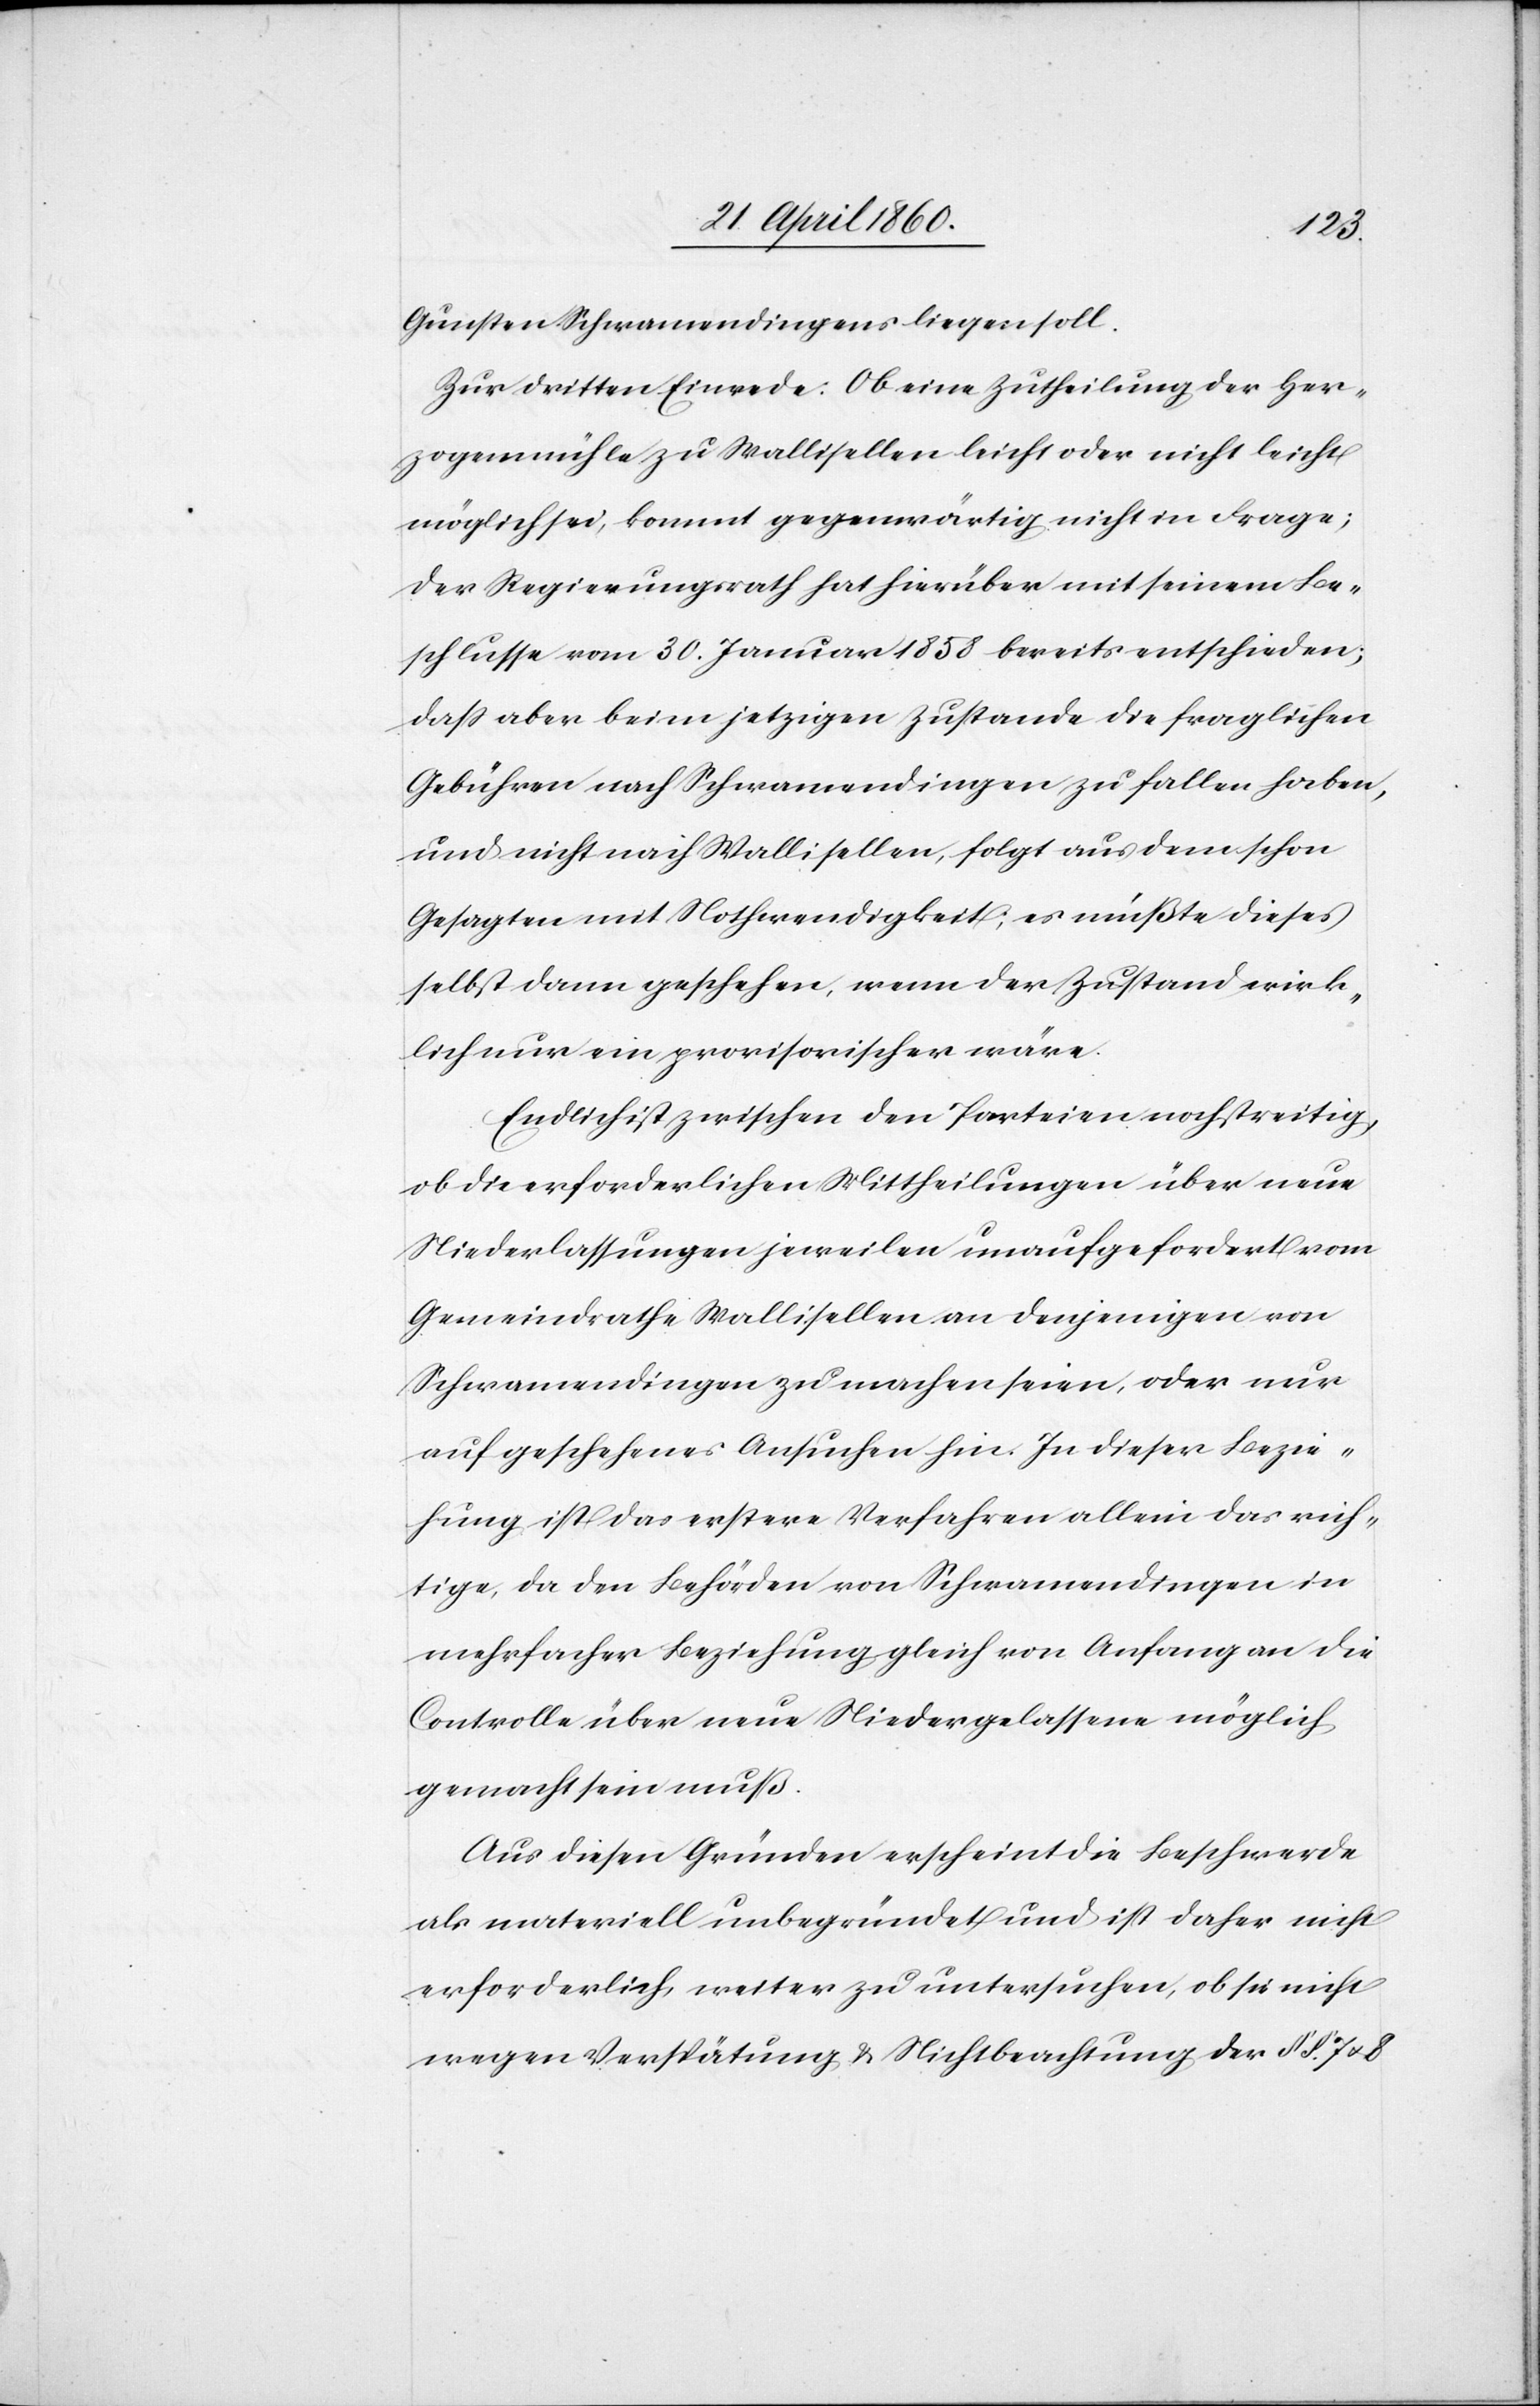
Gunsten Schwamendingens liegen soll.
Zur dritten Einrede: Ob eine Zutheilung der Her¬
zogenmühle zu Wallisellen leicht oder nicht leicht
möglich sei, kommt gegenwärtig nicht in Frage;
Der Regierungsrath hat hierüber mit seinem Be¬
schlusse vom 30. Januar 1858 bereits entschieden,
dass aber beim jetzigen Zustande die fraglichen
Gebühren nach Schwamendingen zu fallen haben,
und nicht nach Wallisellen, folgt aus dem schon
Gesagten mit Nothwendigkeit; es müßte dieses
selbst dann geschehen, wenn der Zustand wirk¬
lich nur ein provisorischer wäre.
Endlich ist zwischen den Parteien noch streitig,
ob die erforderlichen Mittheilungen über neue
Niederlassungen jeweilen unaufgefordert vom
Gemeindrathe Wallisellen an denjenigen von
Schwamendingen zu machen seien, oder nur
auf geschehenes Ansuchen hin. In dieser Bezie¬
hung ist das erstere Verfahren allein das rich¬
tige, da den Behörden von Schwamendingen in
mehrfacher Beziehung gleich von Anfang an die
Controlle über neue Niedergelassene möglich
gemacht sein muß.
Aus diesen Gründen erscheint die Beschwerde
als materiell unbegründet und ist daher nicht
erforderlich, weiter zu untersuchen, ob sie nicht
wegen Verspätung u. Nichtbeachtung der §§. 7 u. 8